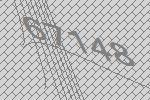
67148